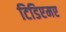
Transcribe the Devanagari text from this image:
टिडिएमए